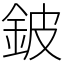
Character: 鈹